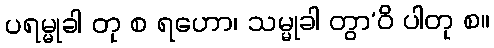
ပရမ္မုခါ တု စ ရဟော၊ သမ္မုခါ တွာ’ဝိ ပါတု စ။